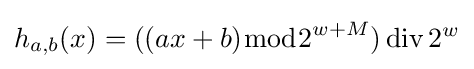
h_{a,b}(x)=((ax+b){\bmod {2}}^{w+M})\,\mathrm {div} \,2^{w}